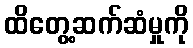
ထိတွေ့ဆက်ဆံမှုကို